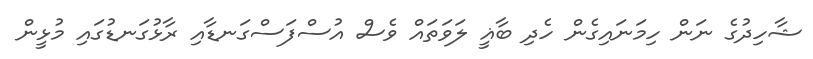
ޝާހިދުގެ ނަން ހިމަނައިގެން ހެދި ބާޣީ ލަވަތައް ވެސް އުސްފަސްގަނޑާއި ރާޅުގަނޑުގައި މުޅީން